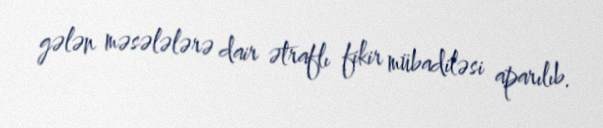
gələn məsələlərə dair ətraflı fikir mübadiləsi aparılıb.